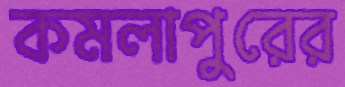
কমলাপুরের